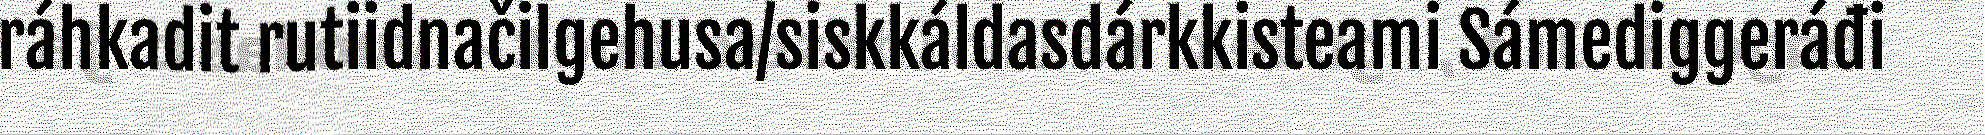
ráhkadit rutiidnačilgehusa/siskkáldasdárkkisteami Sámediggeráđi